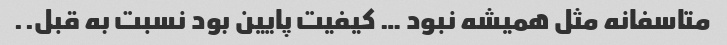
متاسفانه مثل همیشه نبود … کیفیت پایین بود نسبت به قبل..